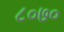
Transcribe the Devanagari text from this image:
८०७०